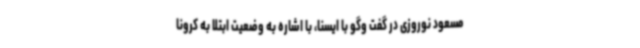
مسعود نوروزی در گفت وگو با ایسنا، با اشاره به وضعیت ابتلا به کرونا